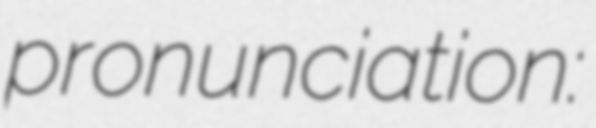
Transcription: pronunciation: